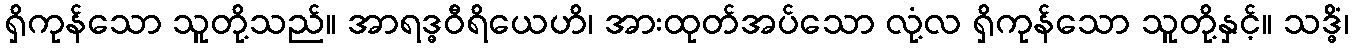
ရှိကုန်သော သူတို့သည်။ အာရဒ္ဓဝီရိယေဟိ၊ အားထုတ်အပ်သော လုံ့လ ရှိကုန်သော သူတို့နှင့်။ သဒ္ဓိံ၊